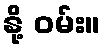
နို့ ဝမ်း။